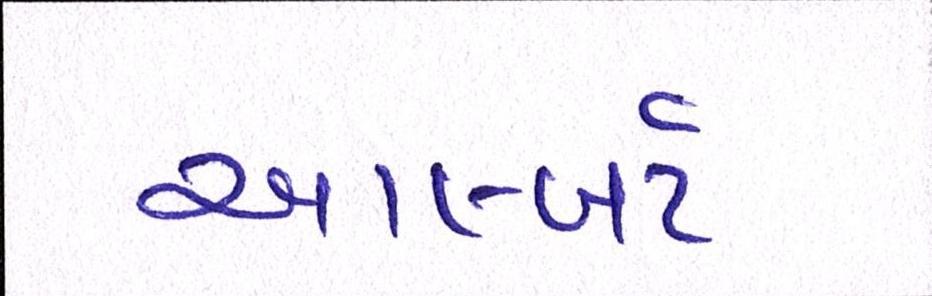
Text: આલ્બર્ટ